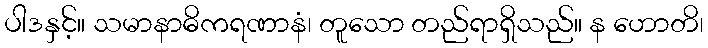
ပါဒနှင့်။ သမာနာဓိကရဏာနံ၊ တူသော တည်ရာရှိသည်။ န ဟောတိ၊